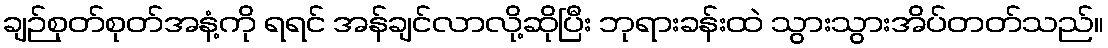
ချဉ်စုတ်စုတ်အနံ့ကို ရရင် အန်ချင်လာလို့ဆိုပြီး ဘုရားခန်းထဲ သွားသွားအိပ်တတ်သည်။